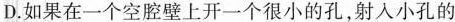
D.如果在一个空腔壁上开一个很小的孔，射入小孔的